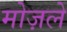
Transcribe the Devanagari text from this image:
मोज़ले